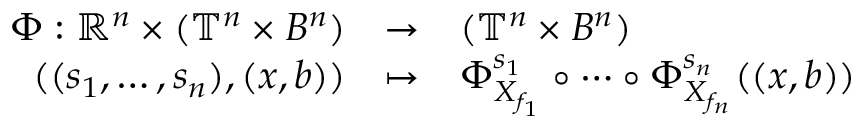
\begin{array} { r c l } { \Phi : \mathbb { R } ^ { n } \times ( \mathbb { T } ^ { n } \times B ^ { n } ) } & { \rightarrow } & { ( \mathbb { T } ^ { n } \times B ^ { n } ) } \\ { ( ( s _ { 1 } , \ldots , s _ { n } ) , ( x , b ) ) } & { \mapsto } & { \Phi _ { X _ { f _ { 1 } } } ^ { s _ { 1 } } \circ \cdots \circ \Phi _ { X _ { f _ { n } } } ^ { s _ { n } } ( ( x , b ) ) } \end{array}